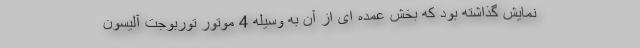
نمایش گذاشته بود که بخش عمده ای از آن به وسیله 4 موتور توربوجت آلیسون